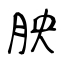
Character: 胦